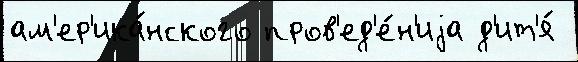
ам'ер'ика́нского пров'ед'е́н'иjа д'ит'я́